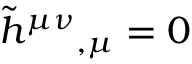
{ \tilde { h } } ^ { \mu \nu } { } _ { , \mu } = 0